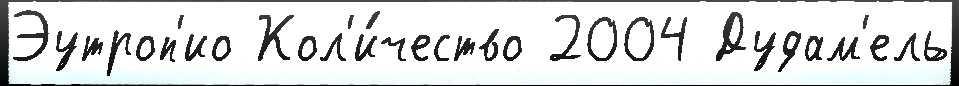
Эутроп'ио Кол'и́чество 2004 Дудам'ель